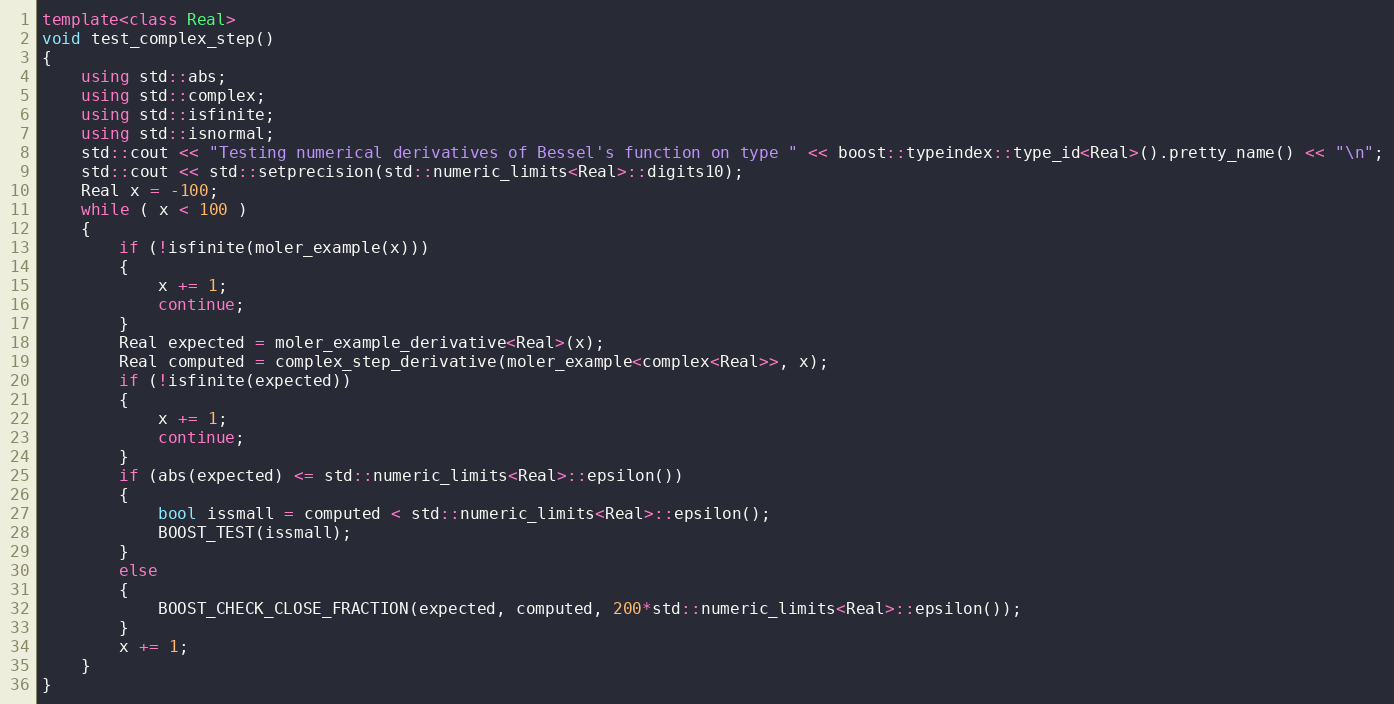
Language: C++
template<class Real>
void test_complex_step()
{
    using std::abs;
    using std::complex;
    using std::isfinite;
    using std::isnormal;
    std::cout << "Testing numerical derivatives of Bessel's function on type " << boost::typeindex::type_id<Real>().pretty_name() << "\n";
    std::cout << std::setprecision(std::numeric_limits<Real>::digits10);
    Real x = -100;
    while ( x < 100 )
    {
        if (!isfinite(moler_example(x)))
        {
            x += 1;
            continue;
        }
        Real expected = moler_example_derivative<Real>(x);
        Real computed = complex_step_derivative(moler_example<complex<Real>>, x);
        if (!isfinite(expected))
        {
            x += 1;
            continue;
        }
        if (abs(expected) <= std::numeric_limits<Real>::epsilon())
        {
            bool issmall = computed < std::numeric_limits<Real>::epsilon();
            BOOST_TEST(issmall);
        }
        else
        {
            BOOST_CHECK_CLOSE_FRACTION(expected, computed, 200*std::numeric_limits<Real>::epsilon());
        }
        x += 1;
    }
}